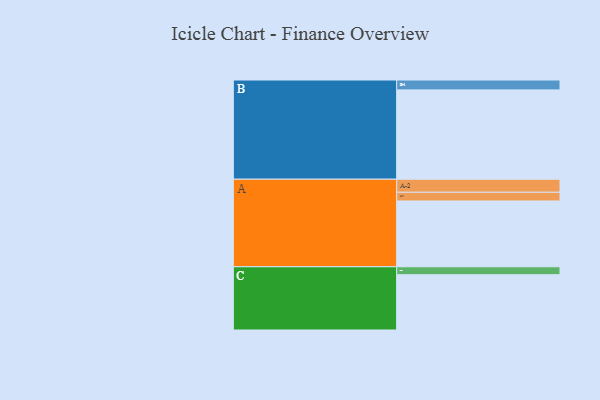
{"axis": {"x": "Segment", "y": "Value"}, "legend": ["", "A", "B", "C"], "data": [{"x": "A", "y": 439, "type": ""}, {"x": "B", "y": 596, "type": ""}, {"x": "C", "y": 369, "type": ""}, {"x": "A-1", "y": 58, "type": "A"}, {"x": "A-2", "y": 87, "type": "A"}, {"x": "B-1", "y": 66, "type": "B"}, {"x": "C-1", "y": 53, "type": "C"}]}